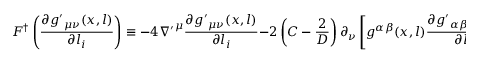
F ^ { \dag } \left( \frac { \partial { g ^ { \prime } } _ { \mu \nu } ( x , l ) } { \partial l _ { i } } \right) \equiv - 4 { \nabla ^ { \prime } } ^ { \mu } \frac { \partial { g ^ { \prime } } _ { \mu \nu } ( x , l ) } { \partial l _ { i } } - 2 \left( C - \frac { 2 } { D } \right) \partial _ { \nu } \left[ { g } ^ { \alpha \beta } ( x , l ) \frac { \partial { g ^ { \prime } } _ { \alpha \beta } ( x , l ) } { \partial l _ { i } } \right] = 0 \; .